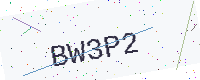
Text: BW3P2